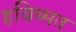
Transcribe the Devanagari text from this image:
हविष्मत